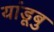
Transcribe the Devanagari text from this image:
यांडूबु